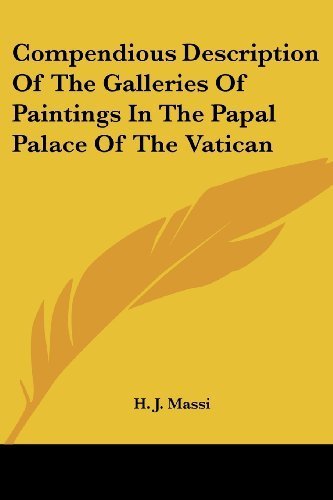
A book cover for Compendious Description Of The Galleries Of Paintings In The Papal Palace Of The Vatican by Massi, H. J. (2007) Paperback; H. J. Massi; Travel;